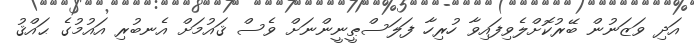
އަދި ވަޒަނުން ބޭރުކޮށްލެވިފައިވާ ހުރިހާ ފަލަސްޠީނީންނަށް ވެސް ޤައުމަށް އެނބުރި އައުމުގެ ޙައްޤު